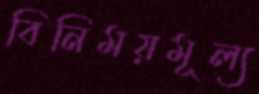
বিনিময়মূল্য